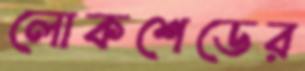
লোকশেডের